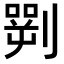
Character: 𠟎